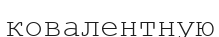
ковалентную